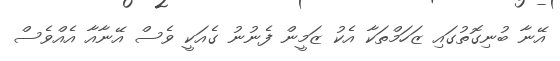
އޭނާ ބުނިގޮތުގައި ޒަހަމްތަކާ އެކު ޒަމީން ފެނުނު ގެއަކީ ވެސް އޭނާއާ އެއްވެސް